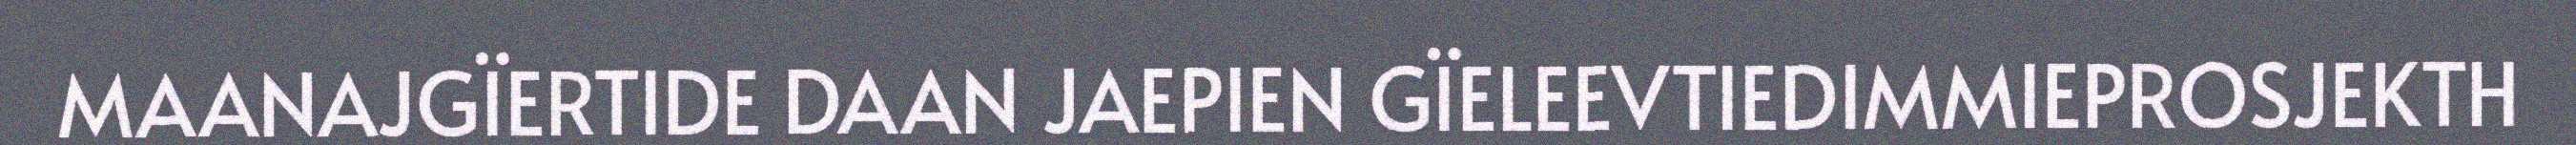
MAANAJGÏERTIDE DAAN JAEPIEN GÏELEEVTIEDIMMIEPROSJEKTH